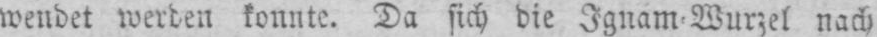
wendet werden konnte. Da sich die Ignam-Wurzel nach